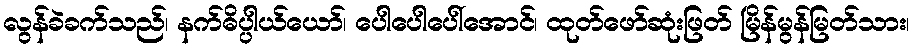
လွန်ခဲခက်သည်၊ နက်ဓိပ္ပါယ်ယော်၊ ပေါပေါပေါ်အောင်၊ ထုတ်ဖော်ဆုံးဖြတ် မြိန်မွန်မြတ်သား၊